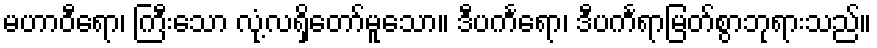
မဟာဝီရော၊ ကြီးသော လုံ့လရှိတော်မူသော။ ဒီပင်္ကရော၊ ဒီပင်္ကရာမြတ်စွာဘုရားသည်။